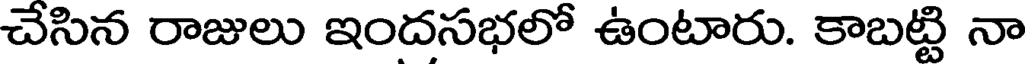
చేసిన రాజులు ఇందసభలో ఉంటారు. కాబట్టి నా